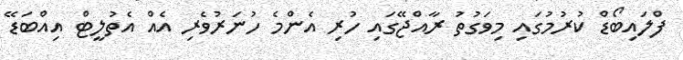
ފްލައިބޯޑް ކުރުމުގައި މިވަގުތު ރާއްޖޭގައި ހުރި އެންމެ ހުނަރުވެރި އެއް އެތުލީޓް އިއްބަޑޭ